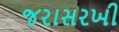
જરાસરખી